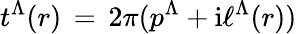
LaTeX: t^{\Lambda}(r)\, =\, 2\pi(p^{\Lambda}+\mathrm{i}\ell^{\Lambda}(r))